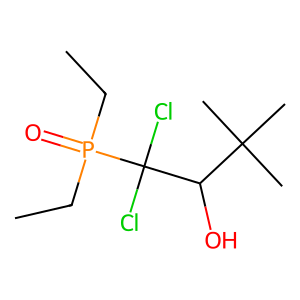
SMILES: CCP(=O)(CC)C(Cl)(Cl)C(O)C(C)(C)C
Inhibits HIV replication: No